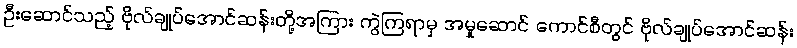
ဦးဆောင်သည့် ဗိုလ်ချုပ်အောင်ဆန်းတို့အကြား ကွဲကြရာမှ အမှုဆောင် ကောင်စီတွင် ဗိုလ်ချုပ်အောင်ဆန်း